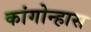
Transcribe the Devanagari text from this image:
कांगोन्हास